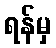
ရန်မှ